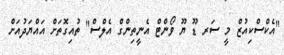
"އެކްސްކިއުޒް މީ ސަރ ޑޫ ޔޫ ވޯންޓް އެނީތިންގް އެލްސް" ތުއިގޮތަށް އައްޔަދުއަށް